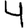
Digit: 4